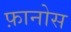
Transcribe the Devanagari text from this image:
फ़ानोस